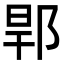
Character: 𨛎